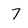
Character: 7